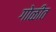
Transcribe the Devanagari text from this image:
गोळीत